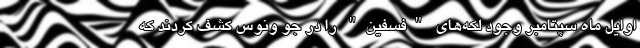
اوایل ماه سپتامبر وجود لکه‌های "فسفین" را در جو ونوس کشف کردند که